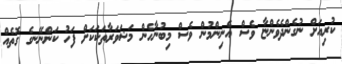
ކުރިއަށް ނުގެންދެވެންޏާ ވެސް އެނިންމުން ވެސް މިބުނާހެން މަޝަވަރާތަކަކަށް ފަހު ކަންނޭނގެ ގޮތެއް